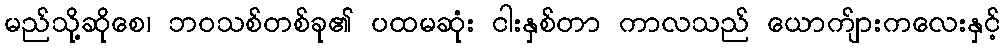
မည်သို့ဆိုစေ၊ ဘဝသစ်တစ်ခု၏ ပထမဆုံး ငါးနှစ်တာ ကာလသည် ယောက်ျားကလေးနှင့်